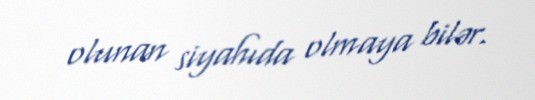
olunan siyahıda olmaya bilər.